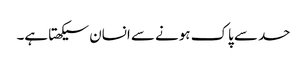
حسد سے پاک ہونے سے انسان سیکھتا ہے۔